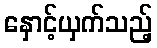
နှောင့်ယှက်သည့်